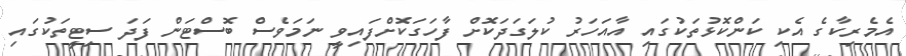
އެމެރިކާގެ އެކި ކަންކޮޅުތަކުގައި އާއަހަރު ކުލަގަދަކޮށް ފާހަގަކޮށްފައިވީ ނަމަވެސް ބޮސްޓަން ފަދަ ސިޓީތަކުގައި